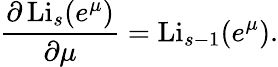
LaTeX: {\frac{\partial\operatorname{Li}_{s}(e^{\mu})}{\partial\mu}}=\operatorname{Li}_{s-1}(e^{\mu}).